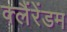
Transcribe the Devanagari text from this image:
क्लैंरेंडम